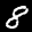
Label: 8